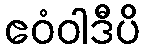
ဧဝံဝါဒီပိ